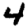
Digit: 4